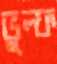
ভুল্ফ